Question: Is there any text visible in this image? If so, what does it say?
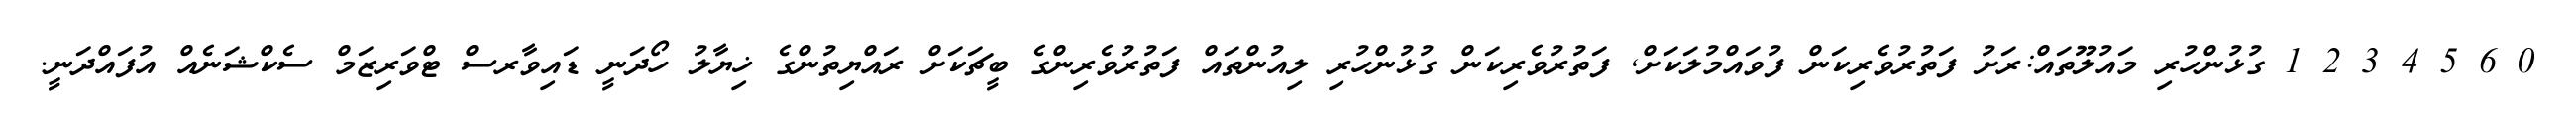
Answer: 0 6 5 4 3 2 1 ގުޅުންހުރި މައުލޫތައް:ރަށު ފަތުރުވެރިކަން ފުވައްމުލަކަށް, ފަތުރުވެރިކަން ގުޅުންހުރި ލިއުންތައް ފަތުރުވެރިންގެ ބީޗަކަށް ރައްޔިތުންގެ ޚިޔާލު ހޯދަނީ ޑައިވާރސް ޓްވަރިޒަމް ސެކްޝަނެއް އުފައްދަނީ.